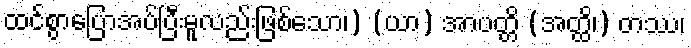
ထင်စွာပြောအပ်ပြီးမူလည်းဖြစ်သော၊) (ယာ) အာပတ္တိ (အတ္ထိ၊) တဿ၊